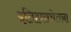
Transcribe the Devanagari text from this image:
इतिहासचेतना